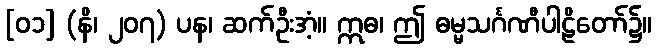
[၀၁] (နိ၊ ၂၀၇) ပန၊ ဆက်ဦးအံ့။ ဣဓ၊ ဤ ဓမ္မသင်္ဂဏီပါဠိတော်၌။